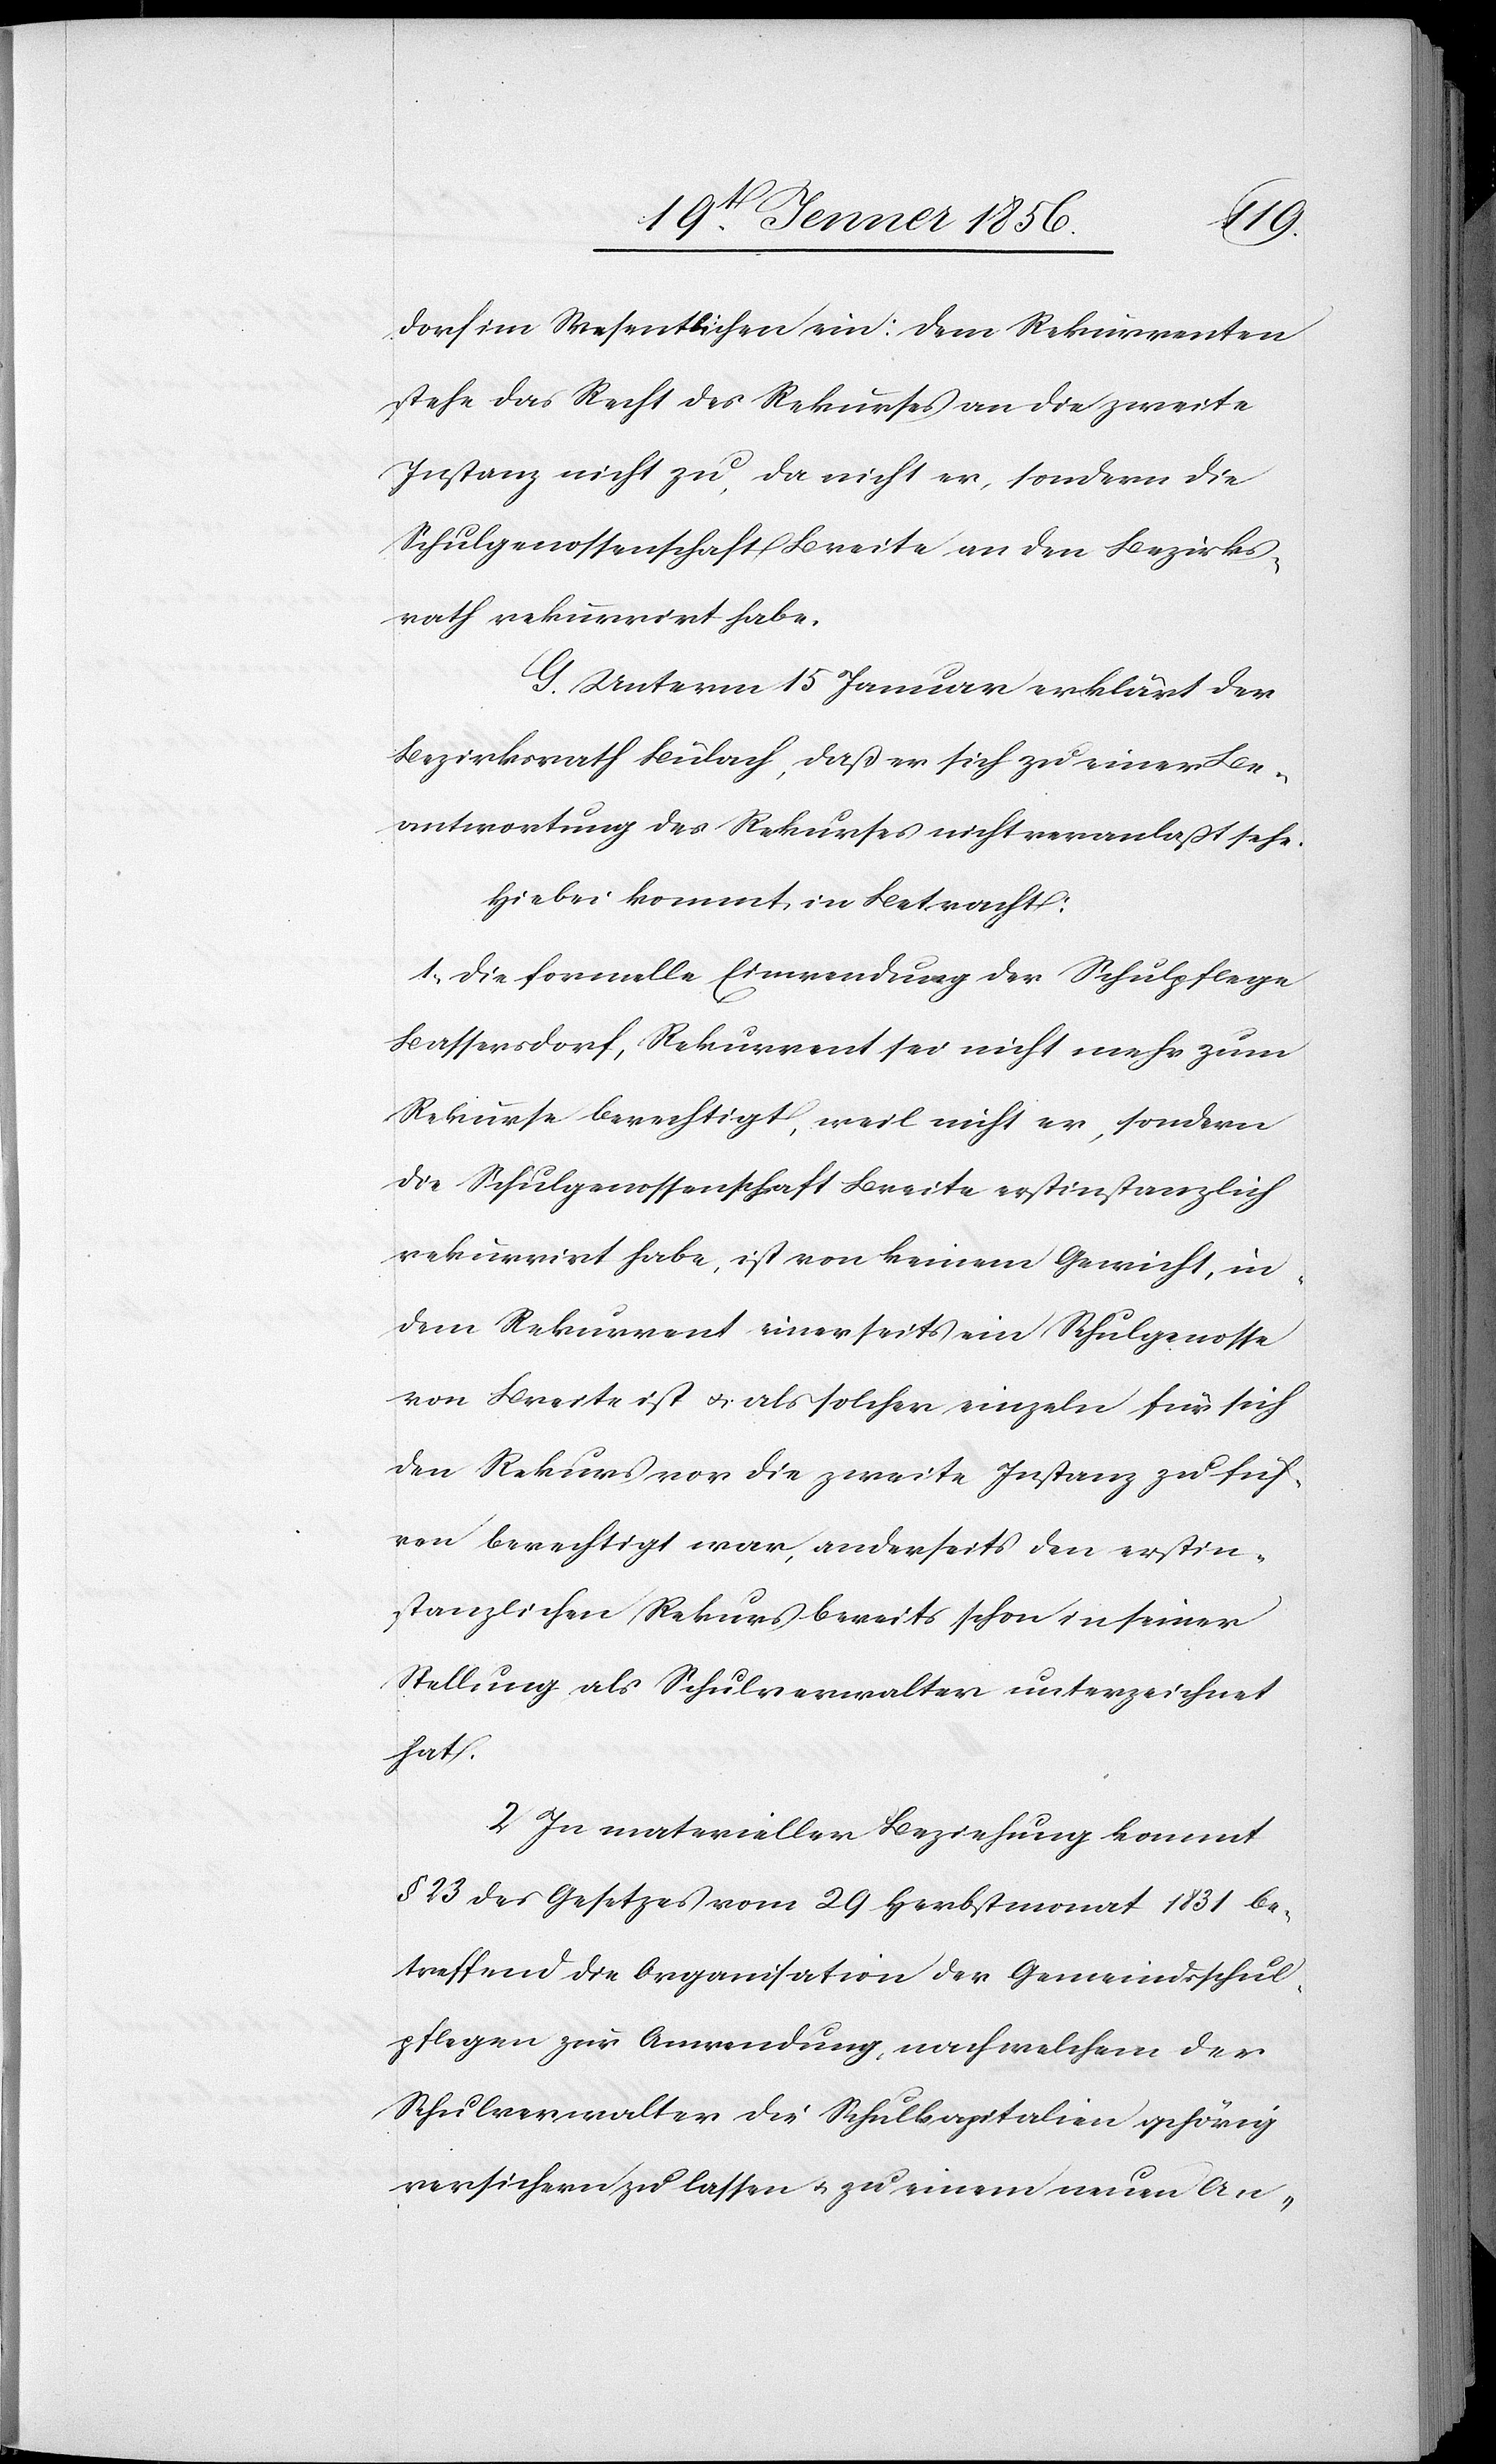
dorf im Wesentlichen ein: Dem Rekurrenten
stehe das Recht des Rekurses an die zweite
Instanz nicht zu, da nicht er, sondern die
Schulgenossenschaft Breite an den Bezirks¬
rath rekurrirt habe.
G. Unterm 15 Januar erklärt der
Bezirksrath Bülach, daß er sich zu einer Be¬
antwortung des Rekurses nicht veranlaßt sehe.
Hiebei kommt in Betracht:
1., Die formelle Einwendung der Schulpfelge
Bassersdorf, Rekurrent sei nicht mehr zum
Rekurse berechtigt, weil nicht er, sondern
die Schulgenossenschaft Breite erstinstanzlich
rekurrirt habe, ist von keinem Gewicht, in¬
dem Rekurrent einerseits ein Schulgenosse
von Breite ist u. als solcher einzeln für sich
den Rekurs vor die zweite Instanz zu füh¬
ren berechtigt war, anderseits den erstin¬
stanzlichen Rekurs bereits schon in seiner
Stellung als Schulverwalter unterzeichnet
hat.
2 In materieller Beziehung kommt
§ 23 des Gesetzes vom 29 Herbstmonat 1831 be¬
treffend die Organisation der Gemeindsschul¬
pflegen zur Anwendung, nach welchem der
Schulverwalter die Schulkapitalien gehörig
versichern zu lassen u. zu einem neuen An-